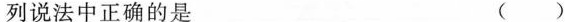
列说法中正确的是 ( )